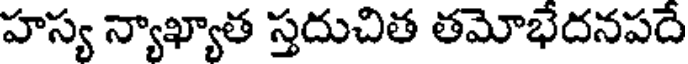
హస్య న్యాఖ్యాత స్తదుచిత తమోభేదనపదే